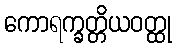
ကောရက္ခတ္တိယဝတ္ထု